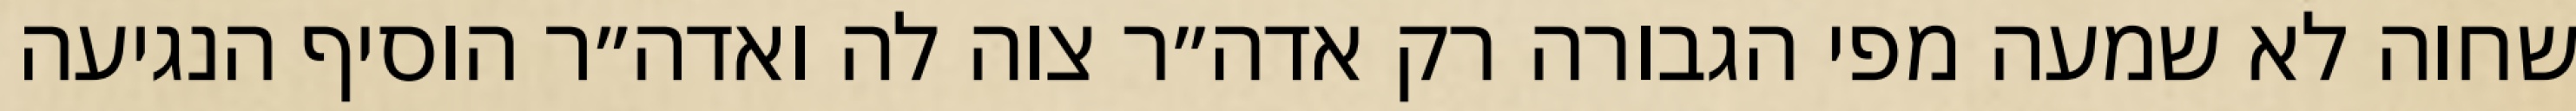
שחוה לא שמעה מפי הגבורה רק אדה״ר צוה לה ואדה״ר הוסיף הנגיעה